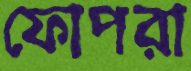
ফোপরা